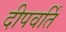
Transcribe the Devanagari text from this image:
दीपवर्ति